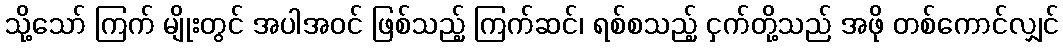
သို့သော် ကြက် မျိုးတွင် အပါအဝင် ဖြစ်သည့် ကြက်ဆင်၊ ရစ်စသည့် ငှက်တို့သည် အဖို တစ်ကောင်လျှင်